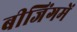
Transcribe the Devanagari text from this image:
बीजिंगमें